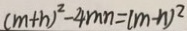
( m + n ) ^ { 2 } - 4 m n = ( m - n ) ^ { 2 }